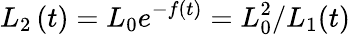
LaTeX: L_{2}\left(t\right)=L_{0}e^{-f\left(t\right)}=L_{0}^{2}/L_{1}(t)